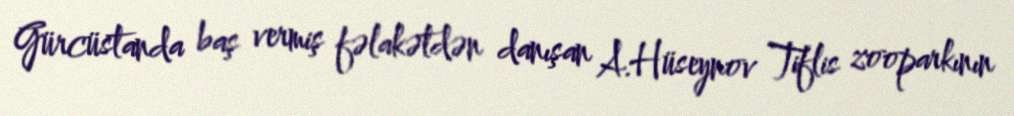
Gürcüstanda baş vermiş fəlakətdən danışan A.Hüseynov Tiflis zooparkının